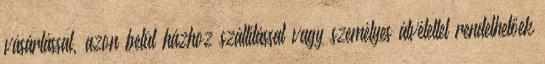
vásárlással, azon belül házhoz szállítással vagy személyes átvétellel rendelhetőek